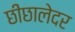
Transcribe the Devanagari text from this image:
छीछालेदर